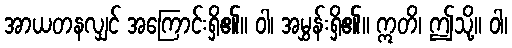
အာယတနလျှင် အကြောင်းရှိ၏။ ဝါ၊ အမွှန်းရှိ၏။ ဣတိ၊ ဤသို့။ ဝါ၊